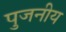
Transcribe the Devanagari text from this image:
पुजनीय